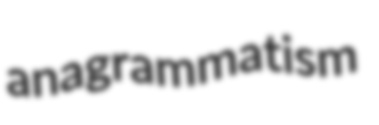
anagrammatism